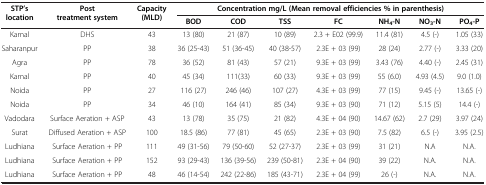
<table><thead><tr><td><b>STP’s location</b></td><td><b>Post treatment system</b></td><td><b>Capacity (MLD)</b></td><td colspan="7"><b>Concentration mg/L (Mean removal efficiencies % in parenthesis)</b></td></tr><tr><td><b> </b></td><td><b> </b></td><td><b> </b></td><td><b>BOD</b></td><td><b>COD</b></td><td><b>TSS</b></td><td><b>FC</b></td><td><b>NH<sub>4</sub>-N</b></td><td><b>NO<sub>3</sub>-N</b></td><td><b>PO<sub>4</sub>-P</b></td></tr></thead><tbody><tr><td>Karnal</td><td>DHS</td><td>43</td><td>13 (80)</td><td>21 (87)</td><td>10 (89)</td><td>2.3 + E02 (99.9)</td><td>11.4 (81)</td><td>4.5 (-)</td><td>1.05 (33)</td></tr><tr><td>Saharanpur</td><td>PP</td><td>38</td><td>36 (25-43)</td><td>51 (36-45)</td><td>40 (38-57)</td><td>2.3E + 03 (99)</td><td>28 (24)</td><td>2.77 (-)</td><td>3.33 (20)</td></tr><tr><td>Agra</td><td>PP</td><td>78</td><td>36 (52)</td><td>81 (43)</td><td>57 (21)</td><td>9.3E + 03 (99)</td><td>3.43 (76)</td><td>4.40 (-)</td><td>2.45 (31)</td></tr><tr><td>Karnal</td><td>PP</td><td>40</td><td>45 (34)</td><td>111(33)</td><td>60 (33)</td><td>9.3E + 03 (99)</td><td>55 (6.0)</td><td>4.93 (4.5)</td><td>9.0 (1.0)</td></tr><tr><td>Noida</td><td>PP</td><td>27</td><td>116 (27)</td><td>246 (46)</td><td>107 (27)</td><td>4.3E + 03 (99)</td><td>77 (15)</td><td>9.45 (-)</td><td>13.65 (-)</td></tr><tr><td>Noida</td><td>PP</td><td>34</td><td>46 (10)</td><td>164 (41)</td><td>85 (34)</td><td>9.3E + 03 (90)</td><td>71 (12)</td><td>5.15 (5)</td><td>14.4 (-)</td></tr><tr><td>Vadodara</td><td>Surface Aeration + ASP</td><td>43</td><td>13 (78)</td><td>35 (75)</td><td>21 (82)</td><td>4.3E + 04 (90)</td><td>14.67 (62)</td><td>2.7 (29)</td><td>3.97 (24)</td></tr><tr><td>Surat</td><td>Diffused Aeration + ASP</td><td>100</td><td>18.5 (86)</td><td>77 (81)</td><td>45 (65)</td><td>2.3E + 03 (90)</td><td>7.5 (82)</td><td>6.5 (-)</td><td>3.95 (2.5)</td></tr><tr><td>Ludhiana</td><td>Surface Aeration + PP</td><td>111</td><td>49 (31-56)</td><td>79 (50-60)</td><td>52 (27-37)</td><td>2.3E + 03 (99)</td><td>31 (21)</td><td>N.A</td><td>N.A.</td></tr><tr><td>Ludhiana</td><td>Surface Aeration + PP</td><td>152</td><td>93 (29-43)</td><td>136 (39-56)</td><td>239 (50-81)</td><td>2.3E + 04 (90)</td><td>39 (22)</td><td>N.A.</td><td>N.A.</td></tr><tr><td>Ludhiana</td><td>Surface Aeration + PP</td><td>48</td><td>46 (14-54)</td><td>242 (22-86)</td><td>185 (43-71)</td><td>2.3E + 04 (99)</td><td>26 (-)</td><td>N.A.</td><td>N.A.</td></tr></tbody></table>